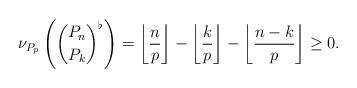
LaTeX: \begin{align*}\nu_{P_p} \left( { P_n \choose P_k }^\flat \right) = \left \lfloor \frac{n}{p} \right\rfloor -\left \lfloor \frac{k}{p} \right\rfloor - \left \lfloor \frac{n-k}{p} \right\rfloor \geq 0.\end{align*}